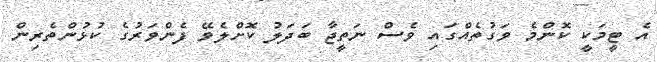
އެ ޓީމަކީ ކޮންމެ ވަގުތެއްގައި ވެސް ނަތީޖާ ބަދަލު ކޮށްލެވޭ ފެންވަރުގެ ކުޅުންތެރިން